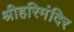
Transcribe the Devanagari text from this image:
श्रीहरिमंदिर